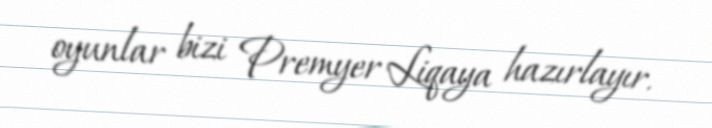
oyunlar bizi Premyer Liqaya hazırlayır.